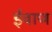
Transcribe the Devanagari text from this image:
ईवाण